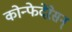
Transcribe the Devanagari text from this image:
कोन्फेदेरेसन्